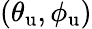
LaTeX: (\theta_{\mathrm{u}},\phi_{\mathrm{u}})